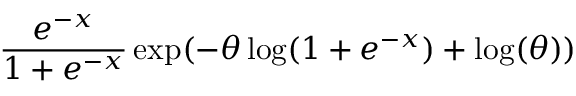
{ \frac { e ^ { - x } } { 1 + e ^ { - x } } } \exp ( - \theta \log ( 1 + e ^ { - x } ) + \log ( \theta ) )